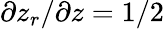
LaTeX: \partial z_{r}/\partial z=1/2